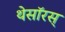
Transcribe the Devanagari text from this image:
थेसॉरस्